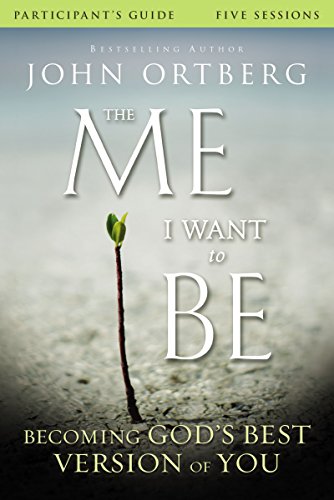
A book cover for The Me I Want to Be Participant's Guide: Becoming God's Best Version of You; John Ortberg; Christian Books & Bibles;